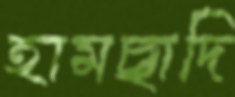
হামছাদি